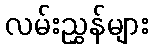
လမ်းညွှန်များ